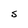
Character: S